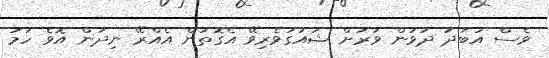
ވެސް އަބަދު ދުވަން ވަރަށް ޝައުގުވެރިވޭ އެގޮތުން އެއްރޭ ނިދަން އޮވެ ހަމަ